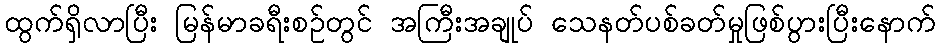
ထွက်ရှိလာပြီး မြန်မာခရီးစဉ်တွင် အကြီးအချုပ် သေနတ်ပစ်ခတ်မှုဖြစ်ပွားပြီးနောက်